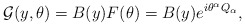
\begin{align*}{\cal G}(y,\theta)=B(y)F(\theta)=B(y)e^{i\theta^\alpha Q_\alpha},\end{align*}